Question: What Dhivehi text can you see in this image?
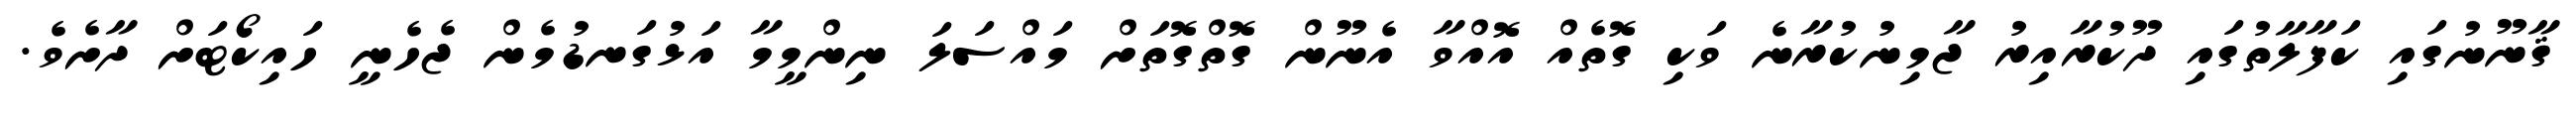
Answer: ޤާނޫނުގައި ކަފާލާތުގައި ދޫކުރާއިރު ޖާމިނުކުރާނެ ވަކި ގޮތެއް އޮއްވާ އެނޫން ގޮތްގޮތަށް މައްސަލަ ނިންމީމާ އަޅުގަނޑުމެން ޖެހެނީ ހައިކޯޓަށް ދާށެވެ.